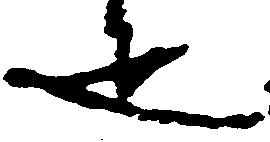
疋